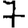
Digit: 7